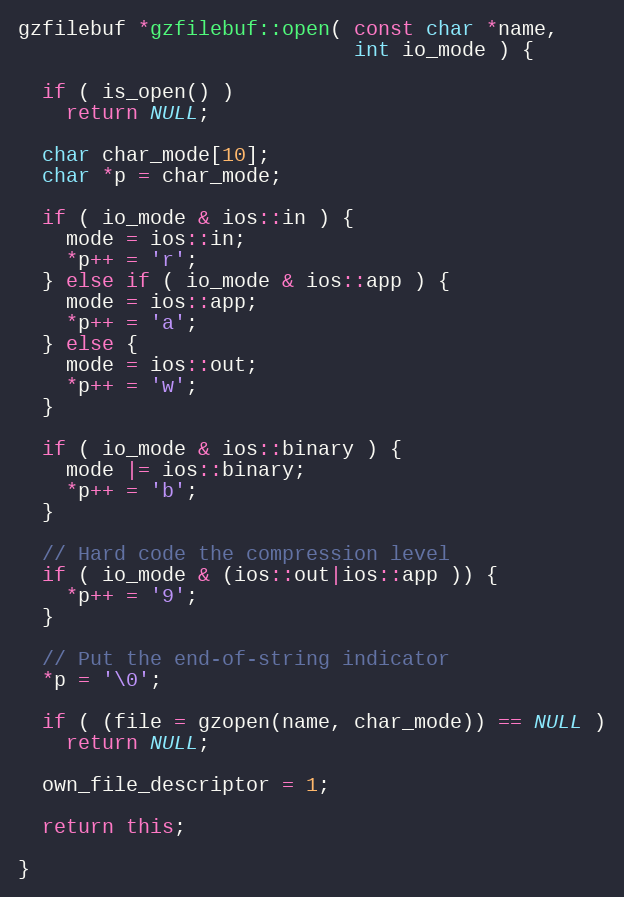
Language: C++
gzfilebuf *gzfilebuf::open( const char *name,
                            int io_mode ) {

  if ( is_open() )
    return NULL;

  char char_mode[10];
  char *p = char_mode;

  if ( io_mode & ios::in ) {
    mode = ios::in;
    *p++ = 'r';
  } else if ( io_mode & ios::app ) {
    mode = ios::app;
    *p++ = 'a';
  } else {
    mode = ios::out;
    *p++ = 'w';
  }

  if ( io_mode & ios::binary ) {
    mode |= ios::binary;
    *p++ = 'b';
  }

  // Hard code the compression level
  if ( io_mode & (ios::out|ios::app )) {
    *p++ = '9';
  }

  // Put the end-of-string indicator
  *p = '\0';

  if ( (file = gzopen(name, char_mode)) == NULL )
    return NULL;

  own_file_descriptor = 1;

  return this;

}